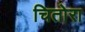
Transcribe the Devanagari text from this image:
चितोरा